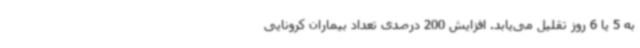
به 5 یا 6 روز تقلیل می‌یابد. افزایش 200 درصدی تعداد بیماران کرونایی